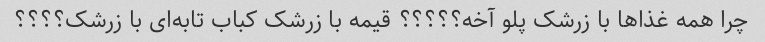
چرا همه غذاها با زرشک پلو آخه؟؟؟؟؟ قیمه با زرشک کباب تابه‌ای با زرشک؟؟؟؟